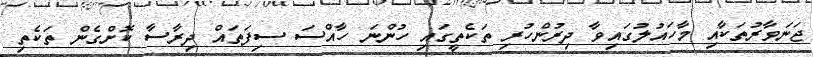
ޖަނަވާރުތަކާއި މާހައުލުގައިވާ ދިރުންހުރި ތަކެތީގައި ހުންނަ ހާއްސަ ސިފަތައް ދިރާސާ ކޮށްގެން ތަކެތި